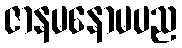
ဇာနမနောမပည